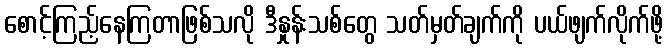
စောင့်ကြည့်နေကြတာဖြစ်သလို ဒီနှုန်းသစ်တွေ သတ်မှတ်ချက်ကို ပယ်ဖျက်လိုက်ဖို့